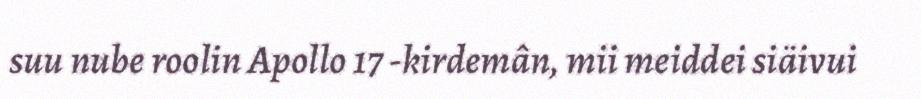
suu nube roolin Apollo 17 -kirdemân, mii meiddei siäivui